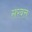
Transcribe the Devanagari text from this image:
सरबत्त